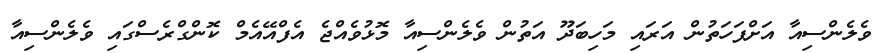
ވެލެންސިއާ އަށްފަހަތުން އަރައި މަހިބަދޫ އަތުން ވެލެންސިއާ މޮޅުވެއްޖެ އެފްއޭއެމް ކޮންގްރެސްގައި ވެލެންސިއާ